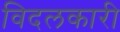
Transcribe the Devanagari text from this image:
विदलकारी